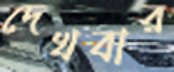
দেখবার